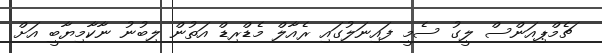
ޗެމްޕިއަންސް ލީގު ސެމީ ފައިނަލުގައި ރެއާލް މެޑްރިޑް އަތުން ލިބުނު ނާކާމިޔާބީ އަށް